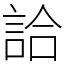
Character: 詥